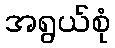
အရွယ်စုံ